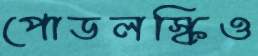
পোডলস্কিও